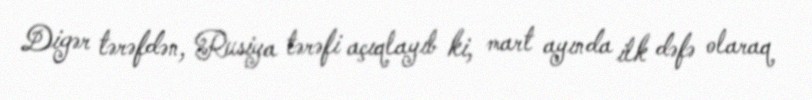
Digər tərəfdən, Rusiya tərəfi açıqlayıb ki, mart ayında ilk dəfə olaraq